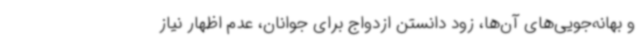
و بهانه‌جویی‌های آن‌ها، زود دانستن ازدواج برای جوانان، عدم اظهار نیاز